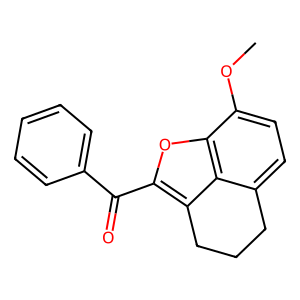
SMILES: COc1ccc2c3c(c(C(=O)c4ccccc4)oc13)CCC2
Inhibits HIV replication: No